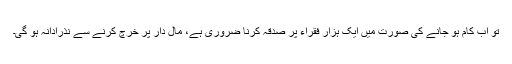
تو اب کام ہو جانے کی صورت میں ایک ہزار فقراء پر صدقہ کرنا ضروری ہے، مال دار پر خرچ کرنے سے نذرادانہ ہو گی۔